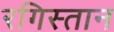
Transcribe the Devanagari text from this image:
रगिस्तान